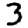
Digit: 3